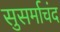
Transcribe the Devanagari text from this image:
सुसर्माचंद